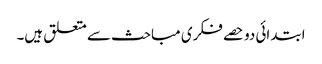
ابتدائی دو حصے فکری مباحث سے متعلق ہیں۔